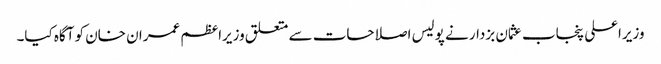
وزیراعلی پنجاب عثمان بزدار نے پولیس اصلاحات سے متعلق وزیراعظم عمران خان کو آگاہ کیا۔